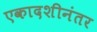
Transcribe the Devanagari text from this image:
एकादशीनंतर